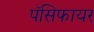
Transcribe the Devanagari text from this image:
पॅसिफायर